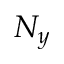
N _ { y }